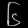
Digit: ၆